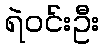
ရဲဝင်းဦး